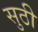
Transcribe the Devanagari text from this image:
सुठी